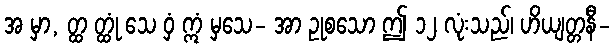
အ မှာ, တ္ထ တ္ထုံ သေ ဝှံ ဣံ မှသေ- အာ ဥုစသော ဤ ၁၂ လုံးသည်၊ ဟိယျတ္တနီ-